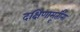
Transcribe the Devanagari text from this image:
दक्षिणामूर्तींना